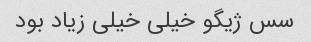
سس ژیگو خیلی خیلی زیاد بود